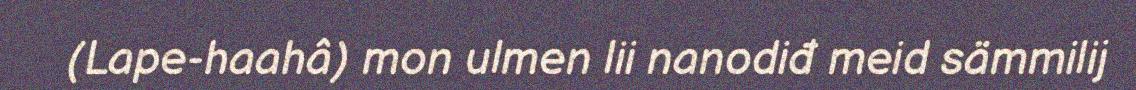
(Lape-haahâ) mon ulmen lii nanodiđ meid sämmilij